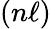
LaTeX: (n\ell)